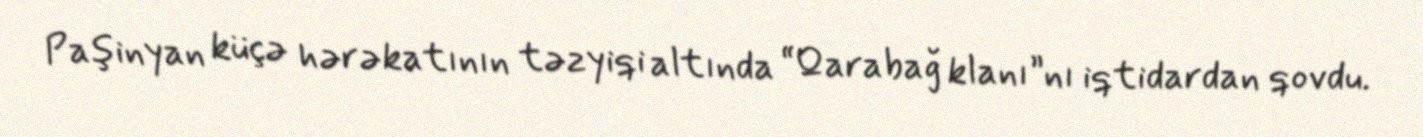
Paşinyan küçə hərəkatının təzyiqi altında “Qarabağ klanı”nı iqtidardan qovdu.